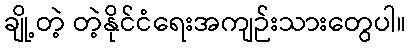
ချို့တဲ့ တဲ့နိုင်ငံရေးအကျဉ်းသားတွေပါ။